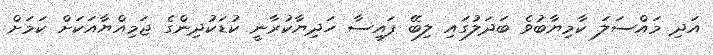
އަދި މައްސަލަ ކާމިޔާބުވެ ބަދަލުގައި ލިބޭ ފައިސާ ހަދިޔާކުރާނީ ކުޑަކުދިންގެ ޖަމިއްޔާއަކަށް ކަމަށް